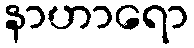
နာဟာရော